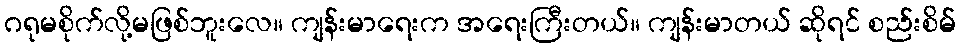
ဂရုမစိုက်လို့မဖြစ်ဘူးလေ။ ကျန်းမာရေးက အရေးကြီးတယ်။ ကျန်းမာတယ် ဆိုရင် စည်းစိမ်